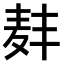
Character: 𫜑